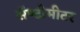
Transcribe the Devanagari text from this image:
सॅण्टीमीटर